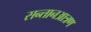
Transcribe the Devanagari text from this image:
सन्तानआत्रण